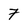
Character: 7